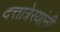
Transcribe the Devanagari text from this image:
दत्तात्रेरयांनी